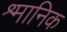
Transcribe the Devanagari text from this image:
श्र्मानिक